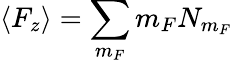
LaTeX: \langle F_{z}\rangle=\sum_{m_{F}}m_{F}N_{m_{F}}